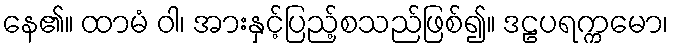
နေ၏။ ထာမံ ဝါ၊ အားနှင့်ပြည့်စသည်ဖြစ်၍။ ဒဠပရက္ကမော၊